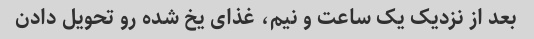
بعد از نزدیک یک ساعت و نیم، غذای یخ شده رو تحویل دادن